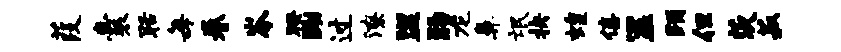
葭囊聒每眷岑暌黝过潦盥肠龙鼻氓抉蝗僖筮踊但茨菽